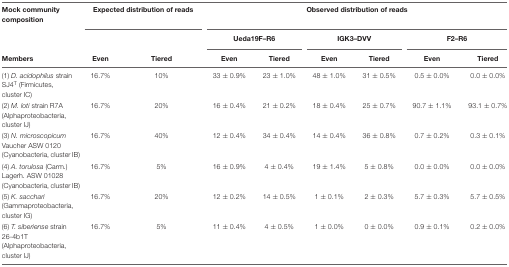
<table><thead><tr><td><b>Mock community composition</b></td><td colspan="2"><b>Expected distribution of reads</b></td><td colspan="6"><b>Observed distribution of reads</b></td></tr><tr><td></td><td colspan="2"></td><td colspan="2"><b>Ueda19F–R6</b></td><td colspan="2"><b>IGK3–DVV</b></td><td colspan="2"><b>F2–R6</b></td></tr><tr><td><b>Members</b></td><td><b>Even</b></td><td><b>Tiered</b></td><td><b>Even</b></td><td><b>Tiered</b></td><td><b>Even</b></td><td><b>Tiered</b></td><td><b>Even</b></td><td><b>Tiered</b></td></tr></thead><tbody><tr><td>(1) <i>D. acidophilus</i> strain SJ4<sup>T</sup> (Firmicutes, cluster IC)</td><td>16.7%</td><td>10%</td><td>33 ± 0.9%</td><td>23 ± 1.0%</td><td>48 ± 1.0%</td><td>31 ± 0.5%</td><td>0.5 ± 0.0%</td><td>0.0 ± 0.0%</td></tr><tr><td>(2) <i>M. loti</i> strain R7A (Alphaproteobacteria, cluster IJ)</td><td>16.7%</td><td>20%</td><td>16 ± 0.4%</td><td>21 ± 0.2%</td><td>18 ± 0.4%</td><td>25 ± 0.7%</td><td>90.7 ± 1.1%</td><td>93.1 ± 0.7%</td></tr><tr><td>(3) <i>N. microscopicum</i> Vaucher ASW 0120 (Cyanobacteria, cluster IB)</td><td>16.7%</td><td>40%</td><td>12 ± 0.4%</td><td>34 ± 0.4%</td><td>14 ± 0.4%</td><td>36 ± 0.8%</td><td>0.7 ± 0.2%</td><td>0.3 ± 0.1%</td></tr><tr><td>(4) <i>A. torulosa</i> (Carm.) Lagerh. ASW 01028 (Cyanobacteria, cluster IB)</td><td>16.7%</td><td>5%</td><td>16 ± 0.9%</td><td>4 ± 0.4%</td><td>19 ± 1.4%</td><td>5 ± 0.8%</td><td>0.0 ± 0.0%</td><td>0.0 ± 0.0%</td></tr><tr><td>(5) <i>K. sacchari</i> (Gammaproteobacteria, cluster IG)</td><td>16.7%</td><td>20%</td><td>12 ± 0.2%</td><td>14 ± 0.5%</td><td>1 ± 0.1%</td><td>2 ± 0.3%</td><td>5.7 ± 0.3%</td><td>5.7 ± 0.5%</td></tr><tr><td>(6) <i>T. siberiense</i> strain 26-4b1T (Alphaproteobacteria, cluster IJ)</td><td>16.7%</td><td>5%</td><td>11 ± 0.4%</td><td>4 ± 0.5%</td><td>1 ± 0.0%</td><td>0 ± 0.0%</td><td>0.9 ± 0.1%</td><td>0.2 ± 0.0%</td></tr></tbody></table>